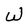
Character: W